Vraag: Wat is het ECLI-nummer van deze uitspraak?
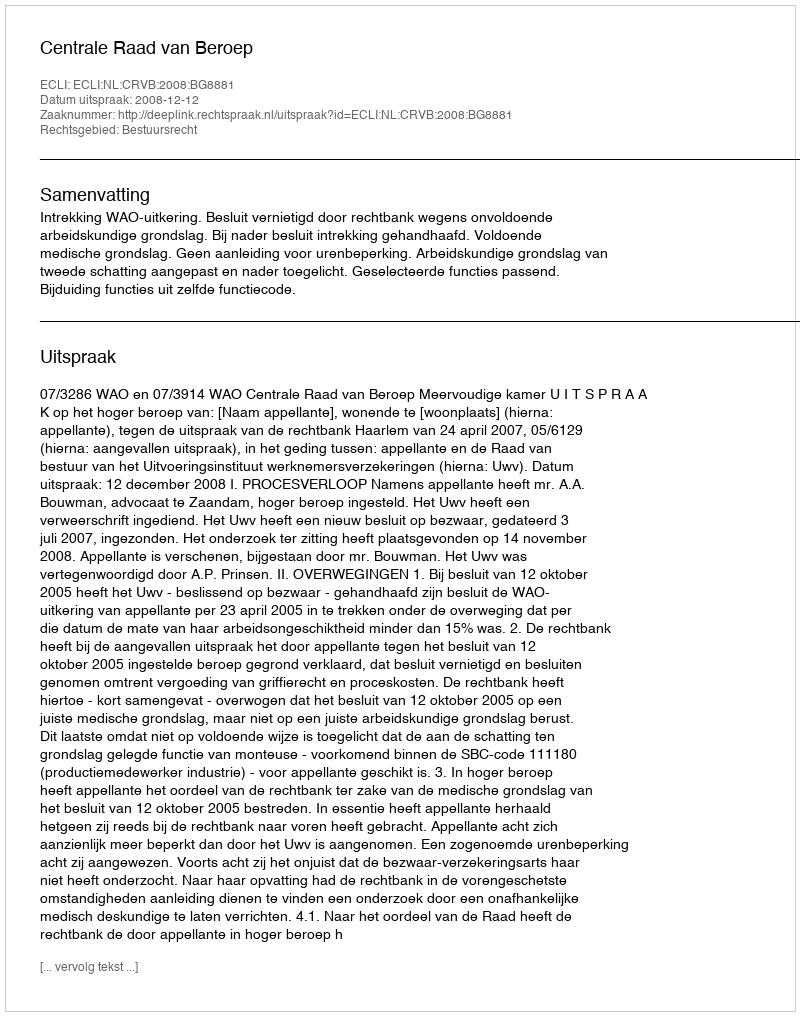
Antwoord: ECLI:NL:CRVB:2008:BG8881